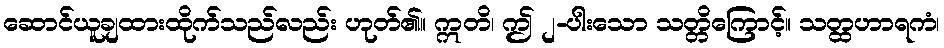
ဆောင်ယူချထားထိုက်သည်လည်း ဟုတ်၏။ ဣတိ၊ ဤ ၂-ပါးသော သတ္တိကြောင့်။ သတ္ထဟာရကံ၊